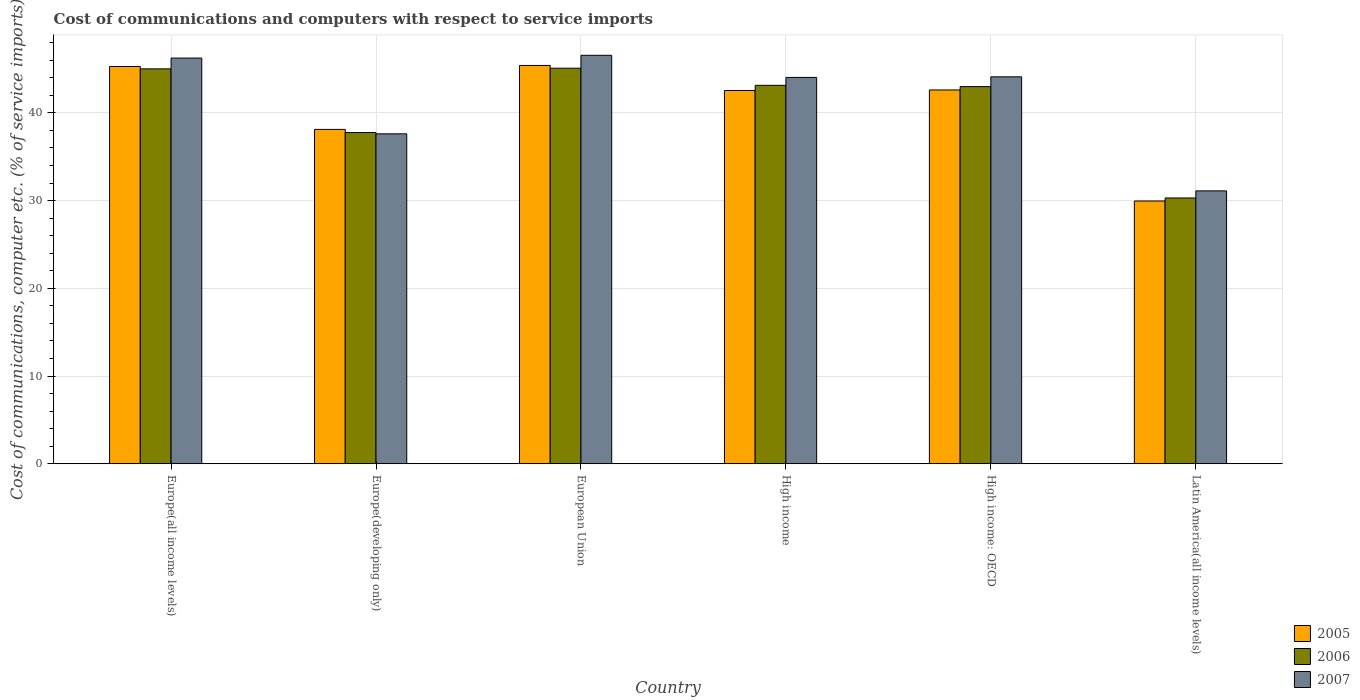
| Country | 2005 | 2006 | 2007 |
 | --- | --- | --- | --- |
 | Europe(all income levels) | 45.3 | 45 | 46.3 |
 | Europe(developing only) | 38.1 | 37.8 | 37.6 |
 | European Union | 45.4 | 45.1 | 46.6 |
 | High income | 42.6 | 43.1 | 44 |
 | High income: OECD | 42.6 | 43 | 44.1 |
 | Latin America(all income levels) | 30 | 30.3 | 31.1 |